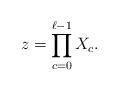
LaTeX: \begin{align*}z=\prod_{c=0}^{\ell-1} X_c.\end{align*}